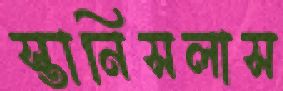
স্তানিসলাস